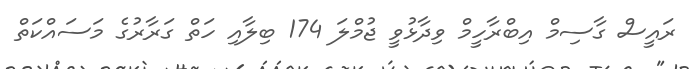
ރައީސް ގާސިމް އިބްރާހީމް ވިދާޅުވީ ޖުމްލަ 174 ބިލާއި ހަތް ގަރާރުގެ މަސައްކަތް